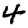
Digit: 4